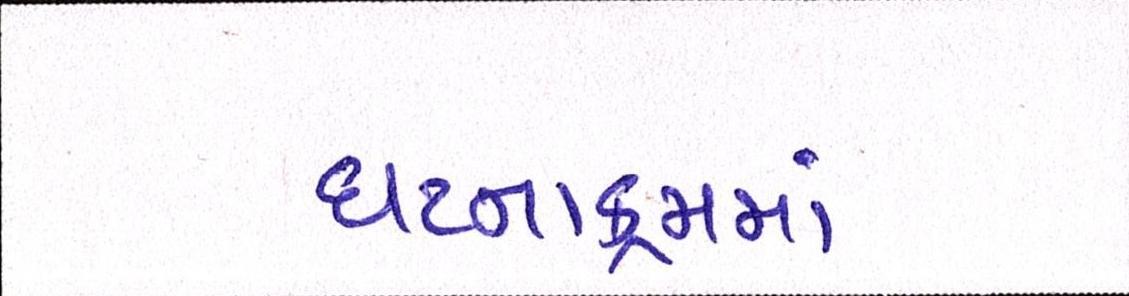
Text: ઘટનાક્રમમાં